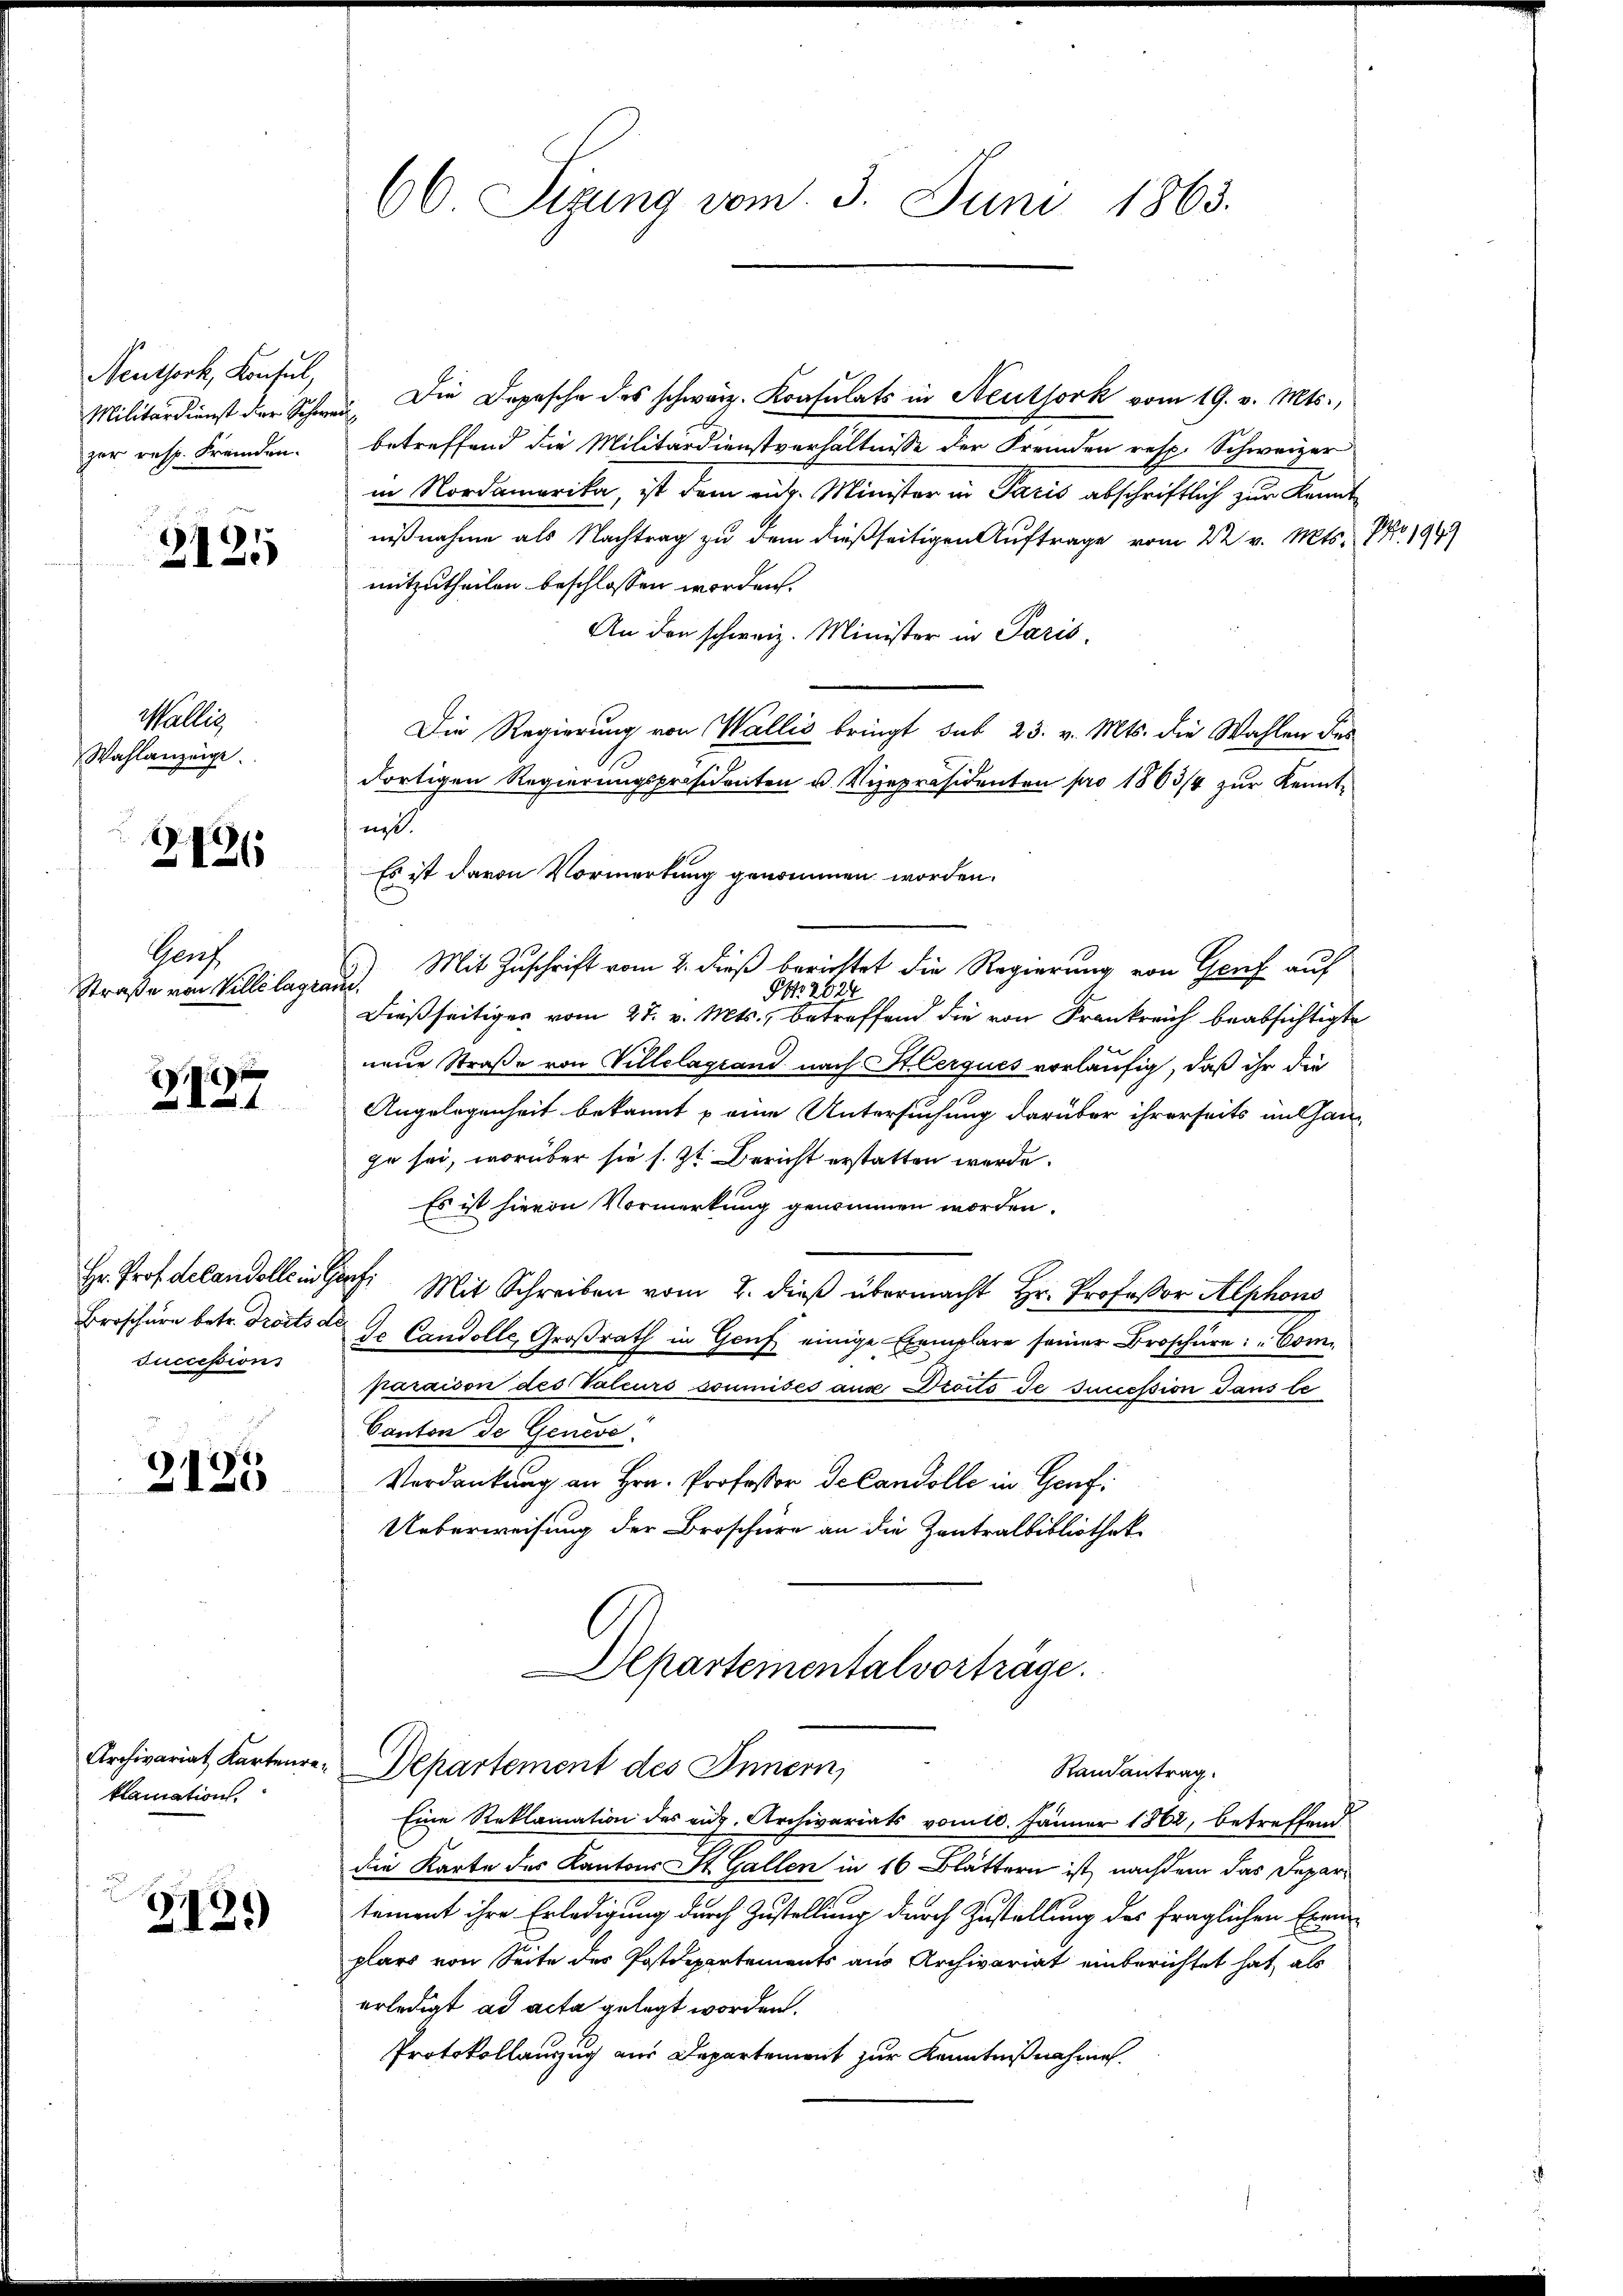
Neuthork, Konsul,

3125

Wallis
Wahlanzeige.

2121

Grech
Straße von Villélagraue.

Z.127

Broschurn betr. Droits de
succession

2135

klamation

d
2135)

Militärdienst der Schwer. Die Depesche des schwarz. Konsulats in Neuthork vom 19. v. Mts.,
zur resp. Fremden. betreffend die Militärdienstverhältnisse der Fremden resp. Schweizer
in Nordamerika, ist dem eit. Minister in Paris abschriftlich zur Kennt
nißnahme als Nachtrag zu dem dießseitigen Auftrage vom 22. v. Mts. NNo. 194
mitzutheilen beschlossen worden.
An den schweiz. Minister in Paris
Die Regierung von Wallis bringt sub 23. v. Mts. die Wahlen des
dortigen Regierungspräsidenten u. Vizepräsidenten pro 1863/4 zur Kenntnst.
Mit Zuschrift vom 2. dieß berichtet die Regierung von Genf auf
NNo. 2824
dießseitiges vom 27. v. Mts., betreffend die von Frankreich beabsichtigte
neue Straße von Villelagrand nach Hlerques vorläufig, daß ihr die
Angelegenheit bekannt & eine Untersuchung darüber ihrerseits und han-
ge sei, worüber sie s. Zt. Bericht erstatten werde.
Es ist hievon Vormerkung genommen worden.
Hr. Prof. de landellein Mit Schreiben vom 2. dieß übermacht Hr. Professor Alphons
de Candolle, Großrath in Genf einige Exemplare seiner Broschüre: "Com.
paraison des Valeurs soumises aus Droito de succession danste
Canton de Geneve
Verdankung an Hrn. Professor Decandolle in Genf
Ueberweisung der Broschüre an die Zentralbibliothek
Departementalvorträge.
Archivariat Kartenre-Departement des Innern,
Randantrag.
Eine Reklamation des eig. Archivariats vom 10. Jänner 1862, betreffend
die Karte des Kantons St. Gallen in 16 Blättern ist, nachdem das Departement ihre Erledigung durch Zustellung durch Zustellung des fraglichen Exemplars von Seite des Postdepartements aus Archivariat einberichtet hat, als
erledigt ad acta gelegt worden.
Protokollauszug aus Departement zur Kenntnißnahmen.

66 Sizung vom 3. Juni 1863.

Es ist davon Vormerkung genommen worden.